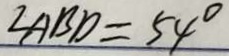
\angle A B D = 5 4 ^ { \circ }